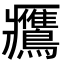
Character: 𪇿